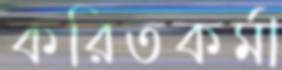
করিতকর্মা